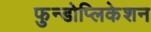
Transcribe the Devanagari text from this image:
फुन्डोप्लिकेशन